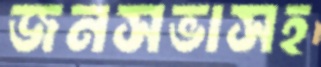
জনসভাসহ